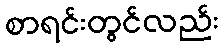
စာရင်းတွင်လည်း